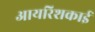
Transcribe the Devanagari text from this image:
आयरिशकाई